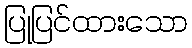
ပြုပြင်ထားသော